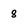
Character: 8